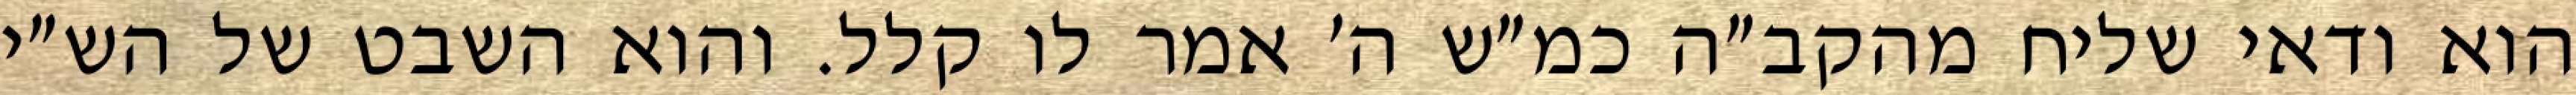
הוא ודאי שליח מהקב״ה כמ״ש ה׳ אמר לו קלל. והוא השבט של הש״י